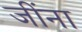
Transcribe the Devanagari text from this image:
जींना